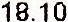
18.10